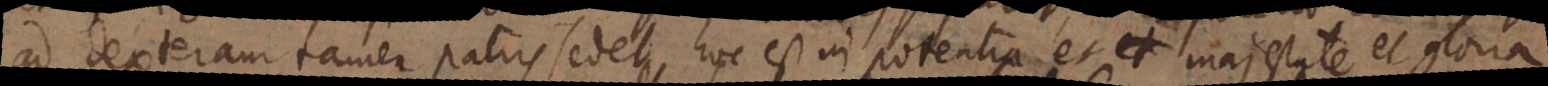
ad dexteram tamen patris sedet, hoc est in potentia et majestate et gloria